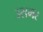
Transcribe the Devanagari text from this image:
उसमर